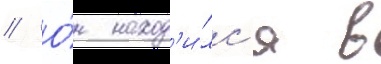
// О́н наход'и́лс'я в